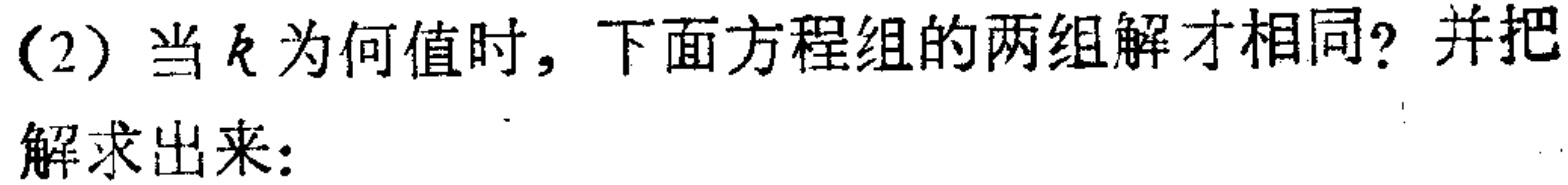
(2) 当$k$为何值时，下面方程组的两组解才相同？并把解求出来：